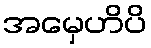
အမှေဟိပိ